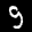
Label: 9